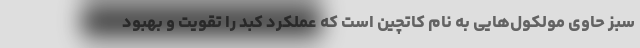
سبز حاوی مولکول‌هایی به نام کاتچین است که عملکرد کبد را تقویت و بهبود